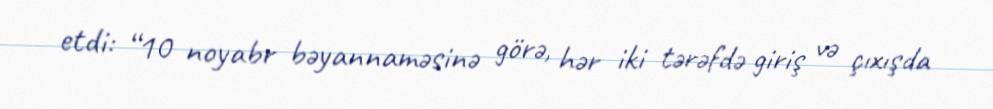
etdi: “10 noyabr bəyannaməsinə görə, hər iki tərəfdə giriş və çıxışda